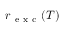
r _ { \mathrm { ~ e ~ x ~ c ~ } } ( T )